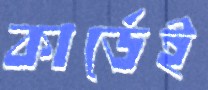
কার্ডেই